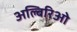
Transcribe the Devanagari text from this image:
अल्बिरिओ